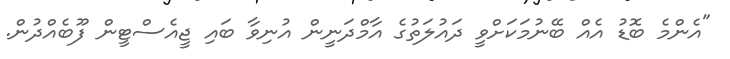
"އެންމެ ބޮޑު އެއް ބޭނުމަކަށްވީ ދައުލަތުގެ އާމްދަނީން އުނިވާ ބައި ޖީއެސްޓީން ފޫބެއްދުން.